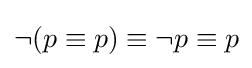
{\textstyle \lnot (p\equiv p)\equiv \lnot p\equiv p}